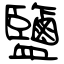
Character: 鹽